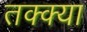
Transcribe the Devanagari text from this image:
तक्क्या